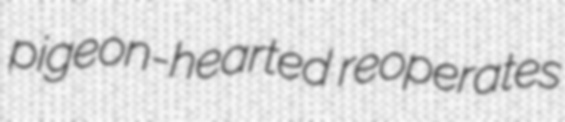
pigeon-hearted reoperates